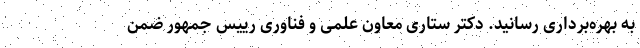
به بهره­برداری رسانید. دکتر ستاری معاون علمی و فناوری رییس جمهور ضمن